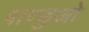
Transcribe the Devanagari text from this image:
पाण्डुओ